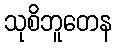
သုစိဘူတေန